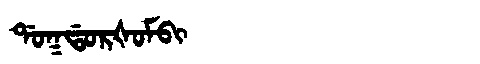
Manchu: ᡩᠣᡴᡩᠣᡵᡧᠣᠮᠪᡳ
Romanization: DOKDORŠOMBI